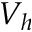
V _ { h }